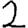
Digit: 2